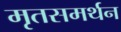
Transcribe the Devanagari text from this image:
मृतसमर्थन